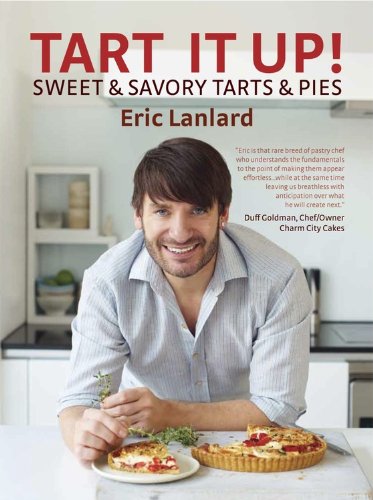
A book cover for Tart It Up; Eric Lanlard; Cookbooks, Food & Wine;